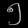
Digit: ၅